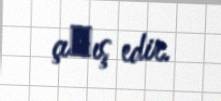
çıхış edir.